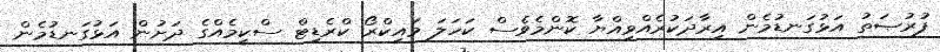
ފުރުޞަތު އަޅުގަނޑުމެން އިރާދަކުރެއްވިއްޔާ ކޮންމެވެސް ކަހަލަ މައިކްރޯ ކްރެޑިޓް ސްކީމެއްގެ ދަށުން އަޅުގަނޑުމެން